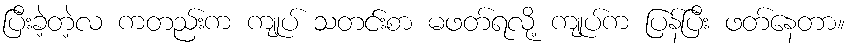
ပြီးခဲ့တဲ့လ ကတည်းက ကျုပ် သတင်းစာ မဖတ်ရလို့ ကျုပ်က ပြန်ပြီး ဖတ်နေတာ။